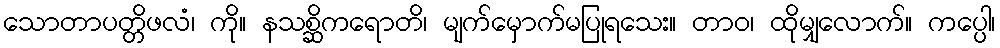
သောတာပတ္တိဖလံ၊ ကို။ နသစ္ဆိကရောတိ၊ မျက်မှောက်မပြုရသေး။ တာဝ၊ ထိုမျှလောက်။ ကပ္ပေါ၊